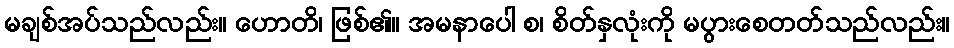
မချစ်အပ်သည်လည်း။ ဟောတိ၊ ဖြစ်၏။ အမနာပေါ စ၊ စိတ်နှလုံးကို မပွားစေတတ်သည်လည်း။